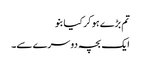
تم بڑے ہو کر کیا بنو
ایک بچہ دوسرے سے۔